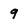
Character: 9